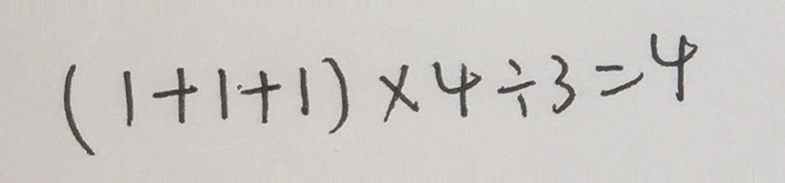
( 1 + 1 + 1 ) \times 4 \div 3 = 4